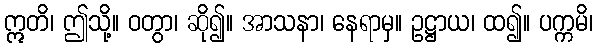
ဣတိ၊ ဤသို့။ ဝတွာ၊ ဆို၍။ အာသနာ၊ နေရာမှ။ ဥဋ္ဌာယ၊ ထ၍။ ပက္ကမိ၊